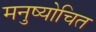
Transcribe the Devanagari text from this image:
मनुष्योचित